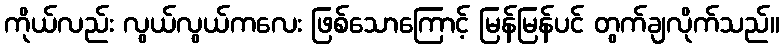
ကိုယ်လည်း လွယ်လွယ်ကလေး ဖြစ်သောကြောင့် မြန်မြန်ပင် တွက်ချလိုက်သည်။